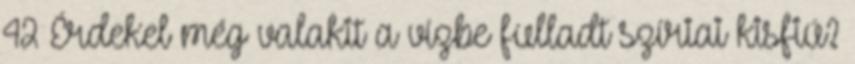
42 Érdekel még valakit a vízbe fulladt szíriai kisfiú?